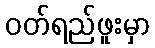
ဝတ်ရည်ဖူးမှာ